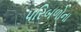
પરિબળોના